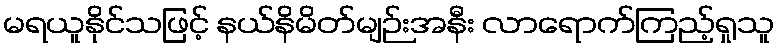
မရယူနိုင်သဖြင့် နယ်နိမိတ်မျဉ်းအနီး လာရောက်ကြည့်ရှုသူ